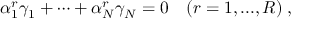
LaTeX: \alpha _ { 1 } ^ { r } \gamma _ { 1 } + \dots + \alpha _ { N } ^ { r } \gamma _ { N } = 0 \quad ( r = 1 , . . . , R ) \; ,